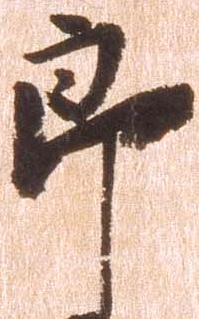
郎